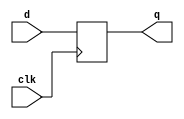
module FF_1 (input d, clk, output reg q);
always @( posedge clk)
    q <= d;
endmodule